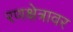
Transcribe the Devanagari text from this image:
रणक्षेत्रावर